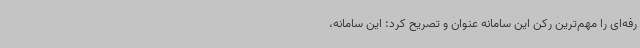
رفه‌ای را مهم‌ترین رکن این سامانه عنوان و تصریح کرد: این سامانه،